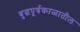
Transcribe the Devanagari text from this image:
बुद्धपूर्वकाळातील